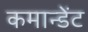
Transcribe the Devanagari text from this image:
कमान्डेंट